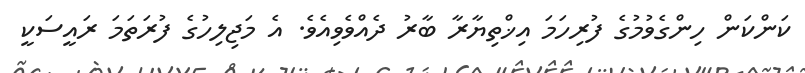
ކަންކަން ހިންގެވުމުގެ ފުރިހަމަ އިޚްތިޔާރާ ބާރު ދެއްވެވިއެވެ. އެ މަޖިލިހުގެ ފުރަތަމަ ރައީސަކީ